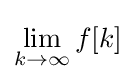
\lim _{k\to \infty }f[k]